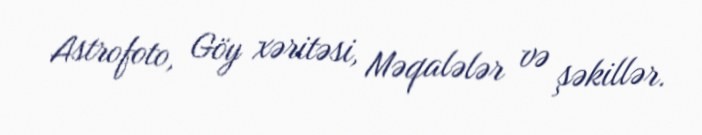
Astrofoto, Göy xəritəsi, Məqalələr və şəkillər.